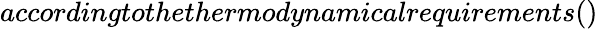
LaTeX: accordingtothethermodynamicalrequirements()